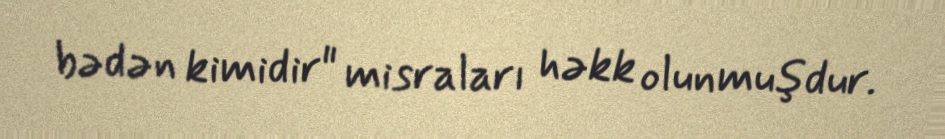
bədən kimidir" misraları həkk olunmuşdur.